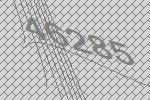
46285